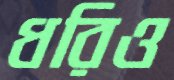
ধরিও